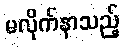
မလိုက်နာသည့်